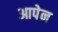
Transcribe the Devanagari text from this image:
आपेन